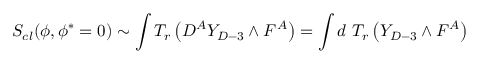
S _ { c l } ( \phi , \phi ^ { * } = 0 ) \sim \int T _ { r } \left( D ^ { A } Y _ { D - 3 } \wedge F ^ { A } \right) = \int d \ T _ { r } \left( Y _ { D - 3 } \wedge F ^ { A } \right)